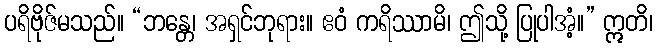
ပရိဗိုဇ်မသည်။ “ဘန္တေ၊ အရှင်ဘုရား။ ဧဝံ ကရိဿာမိ၊ ဤသို့ ပြုပါအံ့။” ဣတိ၊